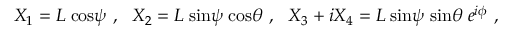
X _ { 1 } = L \; \mathrm { c o s } \psi \ , \ \ X _ { 2 } = L \; \mathrm { s i n } \psi \; \mathrm { c o s } \theta \ , \ \ X _ { 3 } + i X _ { 4 } = L \; \mathrm { s i n } \psi \; \mathrm { s i n } \theta \; e ^ { i \phi } \ ,